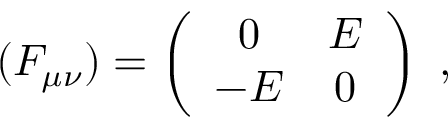
( F _ { \mu \nu } ) = \left( \begin{array} { c c } { { 0 } } & { { E } } \\ { { - E } } & { { 0 } } \end{array} \right) \ ,